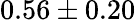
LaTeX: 0.56\pm 0.20